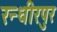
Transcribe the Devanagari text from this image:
रन्धीरपुर